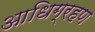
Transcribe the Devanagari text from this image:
आधिग्रहण